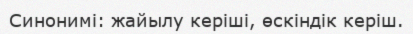
Синонимі: жайылу керіші, өскіндік керіш.